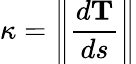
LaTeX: \kappa=\left\| {\frac{d\mathbf{T}}{ds}}\right\|